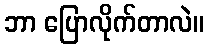
ဘာ ပြောလိုက်တာလဲ။